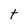
Character: t